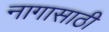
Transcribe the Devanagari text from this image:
नागासाठी